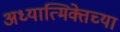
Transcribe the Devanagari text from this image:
अध्यात्मिक्तेच्या